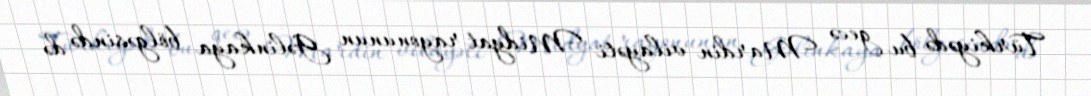
Türkiyədə bu gecə Mardin vilayəti Midyat rayonunun Gəlinkaya bölgəsində də